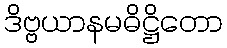
ဒိဗ္ဗယာနမဓိဋ္ဌိတော